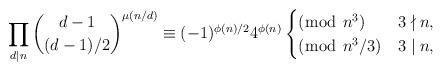
LaTeX: \begin{align*}\prod_{d\mid n}\binom{d-1}{(d-1)/2}^{\mu(n/d)}\equiv (-1)^{\phi(n)/2}4^{\phi(n)}\begin{cases}(\bmod{\ n^3}) & 3\nmid n,\\(\bmod{\ n^3/3}) & 3\mid n,\end{cases}\end{align*}